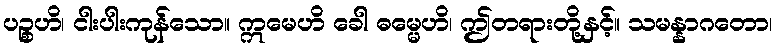
ပဉ္စဟိ၊ ငါးပါးကုန်သော။ ဣမေဟိ ခေါ ဓမ္မေဟိ၊ ဤတရားတို့နှင့်။ သမန္နာဂတော၊